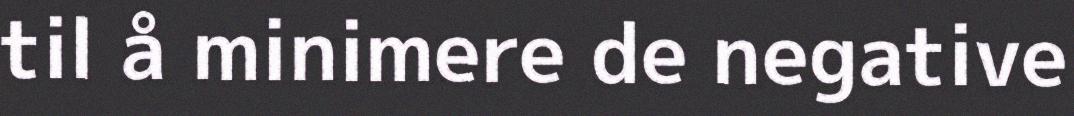
til å minimere de negative